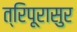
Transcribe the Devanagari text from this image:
त्रिपूरासुर